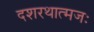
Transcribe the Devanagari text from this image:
दशरथात्मजः